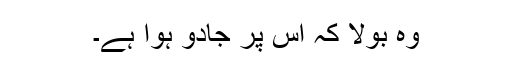
وہ بولا کہ اس پر جادو ہوا ہے۔